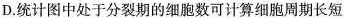
D.统计图中处于分裂期的细胞数可计算细胞周期长短